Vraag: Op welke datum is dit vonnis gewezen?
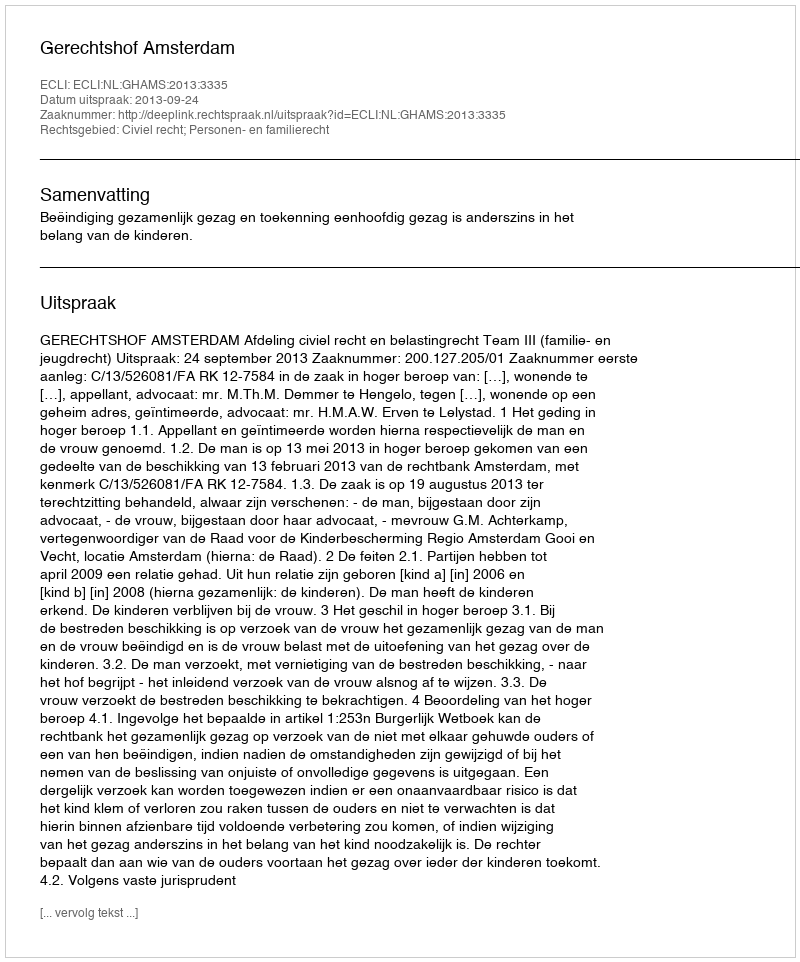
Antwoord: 2013-09-24